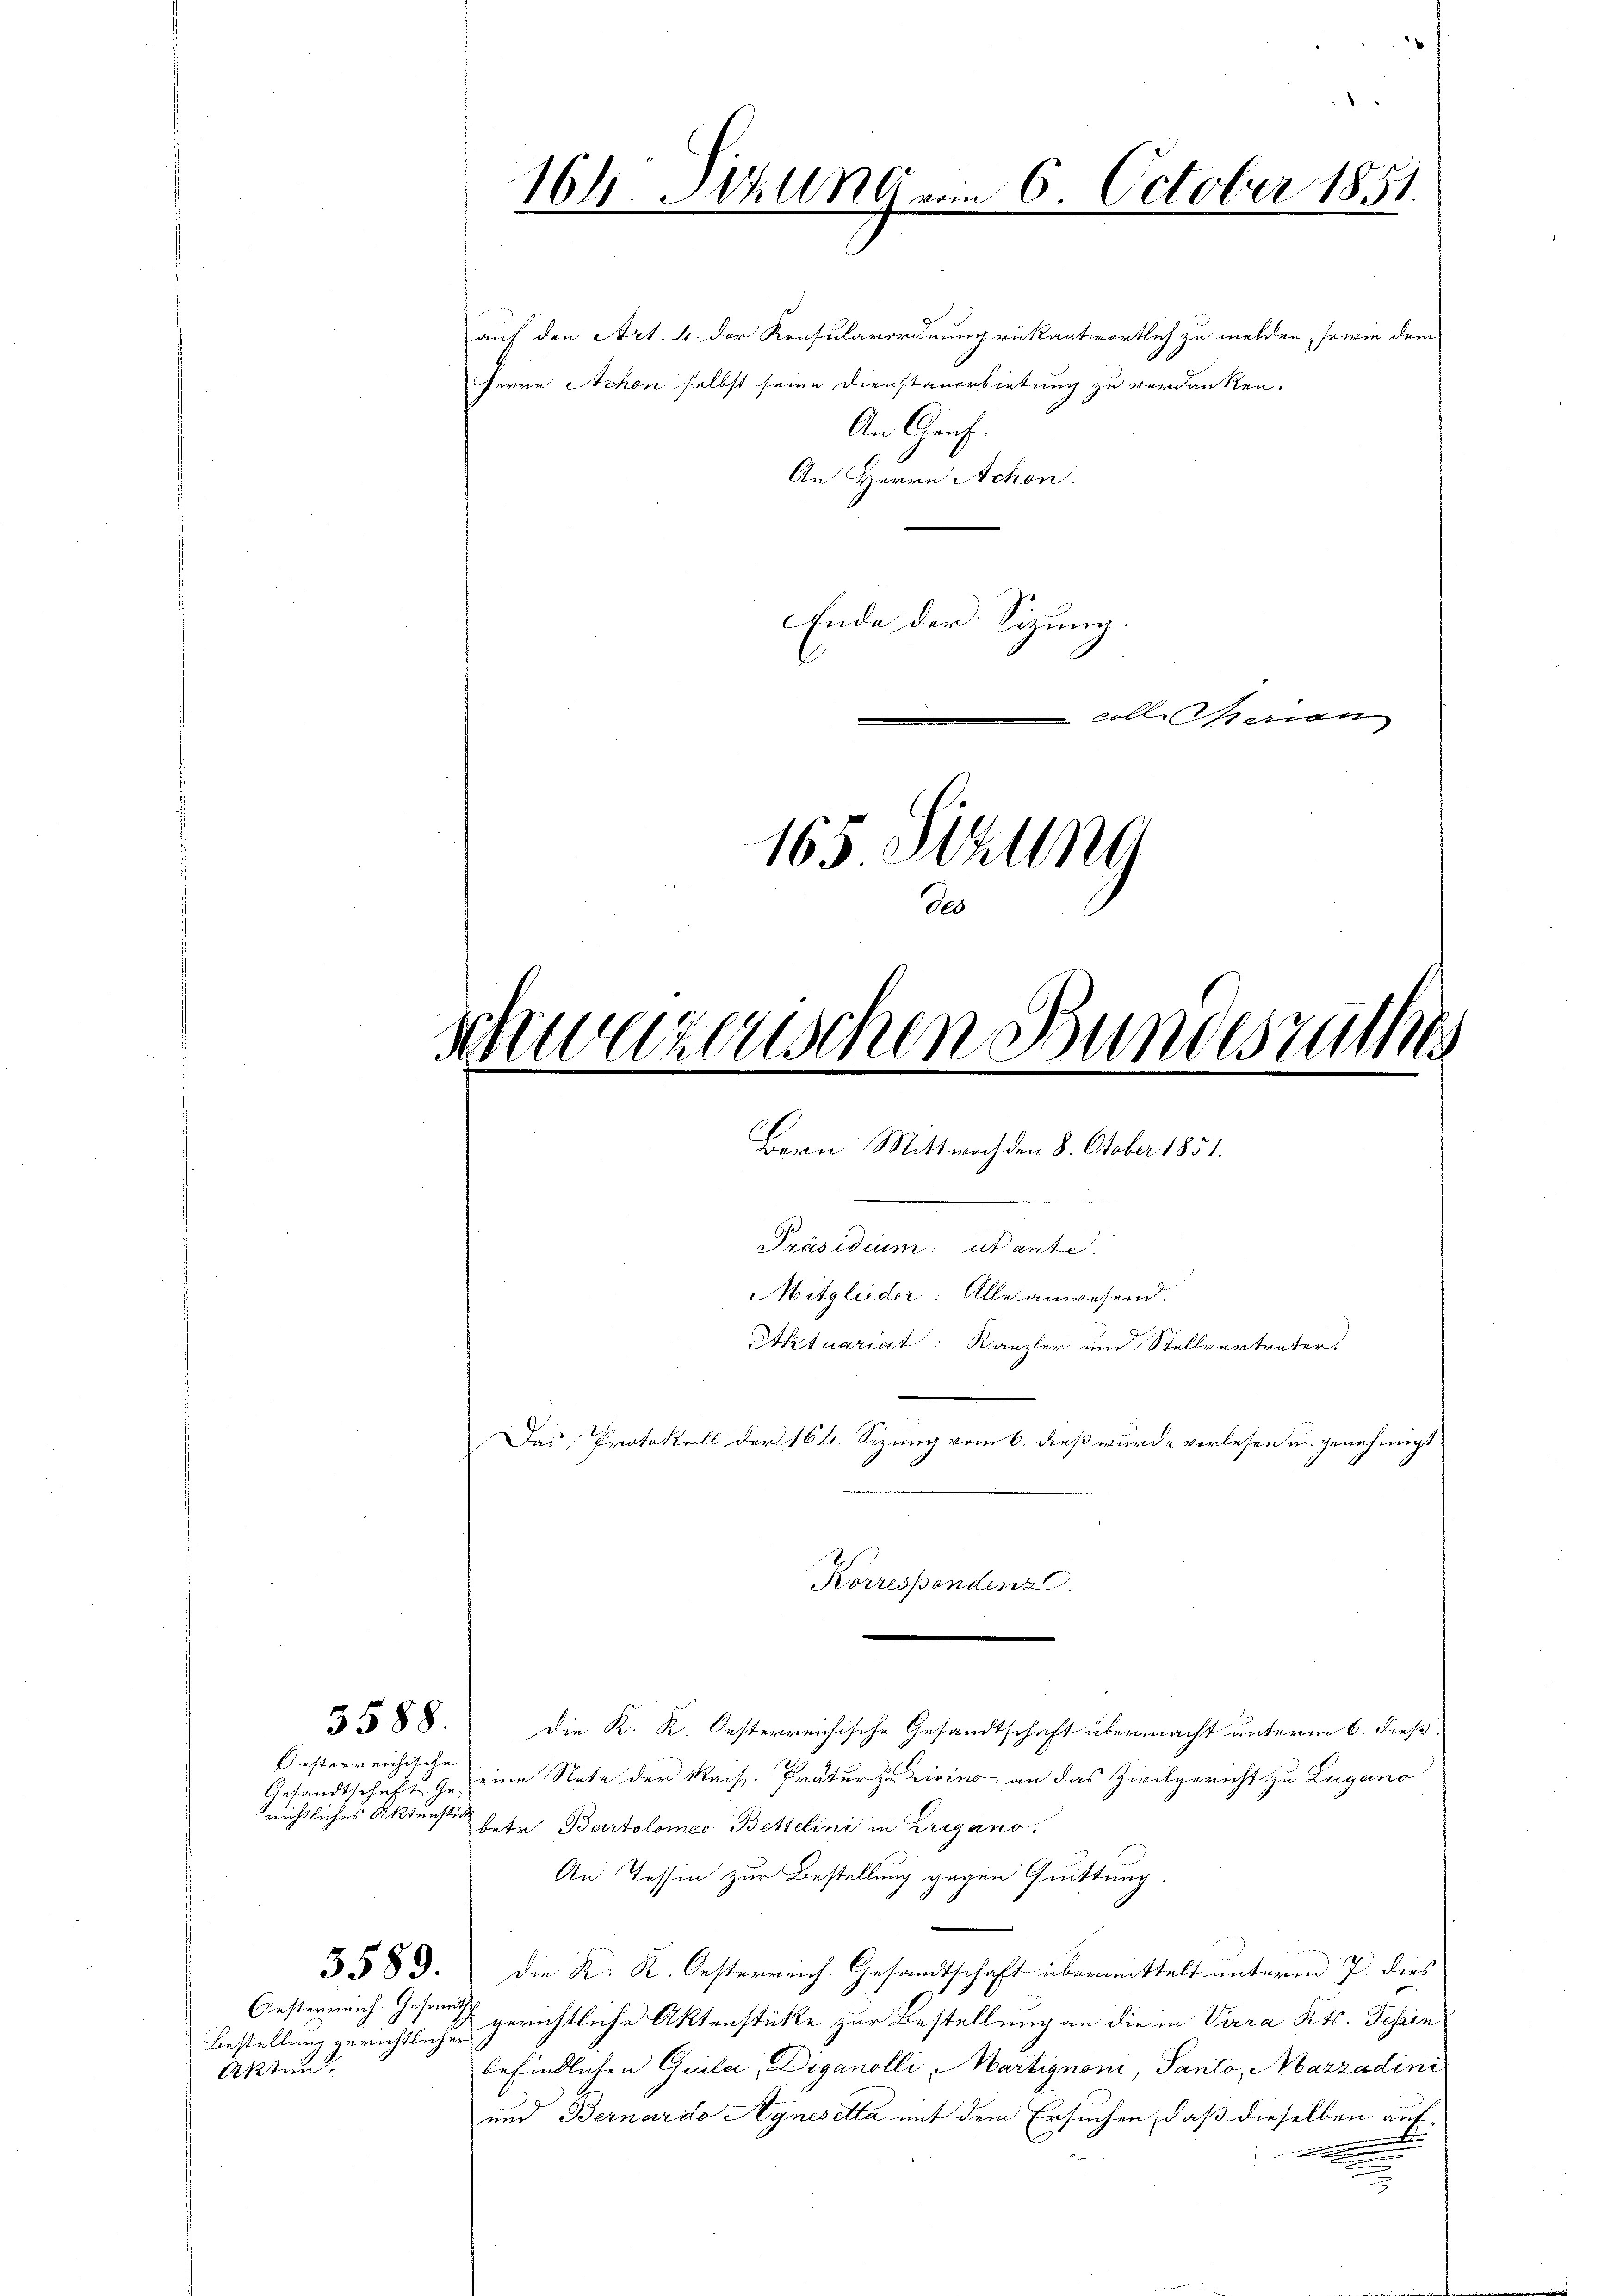
Oesterreichische
richtliches Aktenstück

Oesternenh. Gesandt
Bestellung gerichtlicher
Aktion

164. Saling vom 6. October 1851.

auf den Art. 4. der Konsularordnung rükantwortlich zu melden, sowie dem
Herrn Achon selbst seine Dienstanerbietung zu verdanken.
An Genf.
An Herrn Achon.
Ende der Sitzung.
coll. Marian
165 Sitzung
de

Schwarenschen Bundesrathes
d
Bern Mittwoch den 8. October 1851.
Präsidium: utante.
Mitglieder: Alle anwesend.
Aktuariat: Kanzler und Stellvertreter
Das Protokoll der 164. Sizung vom 6. dieß wurde verlesen u. genehmigt
Korrespondenz.

3588. Die K. K. Oesterreichische Gesandtschaft übermacht unterm 6. dieß,
Gesandtschaft gen eine Nate der Reis. Präter zu Livino an das Zivilgericht zu Lugano
betr. Bartolomeo Bettelini in Zugano.
An Tessin zur Bestellung gegen Quittung.
3589. die K. K. Oesterreich. Gesandtschaft übermittelt unterm 7. dies
gerichtliche Aktenstücke zur Bestellung an die in Vara Kts. Tessin
befindlichen Guila; Diganolli, Martignon, Panto, Marzadini
und Bernardo Agnesetta mit dem Ersuchen, daß dieselben auf¬